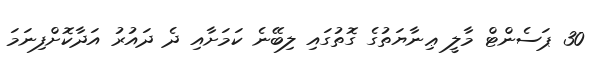
30 ޕަސެންޓް މާލީ ޢިނާޔަތުގެ ގޮތުގައި ލިބޭނެ ކަމަށާއި ދެ ދައުރު އަދާކޮށްފިނަމަ